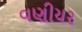
વણીયર